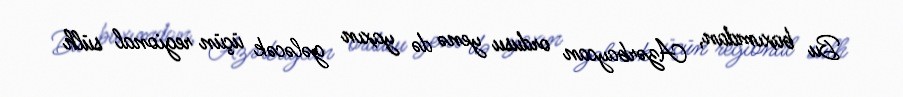
Bu baxımdan, Azərbaycan ordusu yenə də yaxın gələcək üçün regional sülh